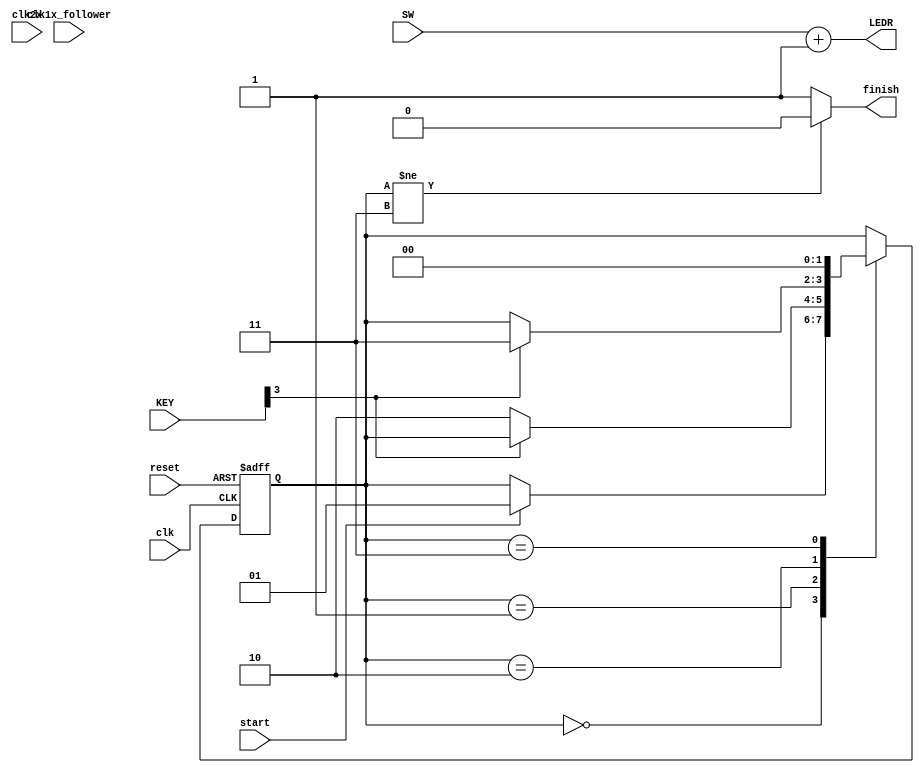
// Assign Switches to LEDs

`timescale 1 ns / 1 ns
module assignSwitchesToLEDs
(
	clk,
	clk2x,
	clk1x_follower,
	reset,
	start,
        SW,
        LEDR,
        KEY,
	finish
);

input  clk;
input  clk2x;
input  clk1x_follower;
input  reset;
input  start;
input [5:0] SW;
input [3:0] KEY;
output [5:0] LEDR;
output reg finish;   

   parameter [1:0] idle = 2'b00;
   parameter [1:0] run = 2'b01;
   parameter [1:0] finishKeyPushed = 2'b10;
   parameter [1:0] finished = 2'b11;

   reg [1:0] state;

   always @(posedge clk or posedge reset) begin
      if (reset) begin
	 state <= idle;
      end
      else begin
	 case (state)
	   idle: if (start) state <= run;
	   run: if (~KEY[3]) state <= finishKeyPushed;
	   finishKeyPushed: if (KEY[3]) state <= finished;
	   finished: state <= idle;
	 endcase
      end
   end

   always @(*) begin
      if (state != finished)
	finish <= 0;
      else
	finish <= 1;
   end

   assign LEDR[5:0] = SW[5:0] + 1'b1;
   
endmodule 


module assignSwitchesToLEDsInverted
(
	clk,
	clk2x,
	clk1x_follower,
	reset,
	start,
        SW,
        KEY,
        LEDR,
	finish
);

input  clk;
input  clk2x;
input  clk1x_follower;
input  reset;
input  start;
input [7:2] SW;
input [3:0] KEY;
output [7:2] LEDR;
output reg finish;   

   parameter [1:0] idle = 2'b00;
   parameter [1:0] run = 2'b01;
   parameter [1:0] finishKeyPushed = 2'b10;
   parameter [1:0] finished = 2'b11;
   
   reg [1:0] state;

   always @(posedge clk or posedge reset) begin
      if (reset) begin
	 state <= idle;
      end
      else begin
	 case (state)
	   idle: if (start) state <= run;
	   run: if (~KEY[3]) state <= finishKeyPushed;
	   finishKeyPushed: if (KEY[3]) state <= finished;
	   finished: state <= idle;
	 endcase
      end
   end

   always @(*) begin
      if (state != finished)
	finish <= 0;
      else
	finish <= 1;
   end

   assign LEDR[7:2] = SW[7:2] + 1'b1;
   
endmodule